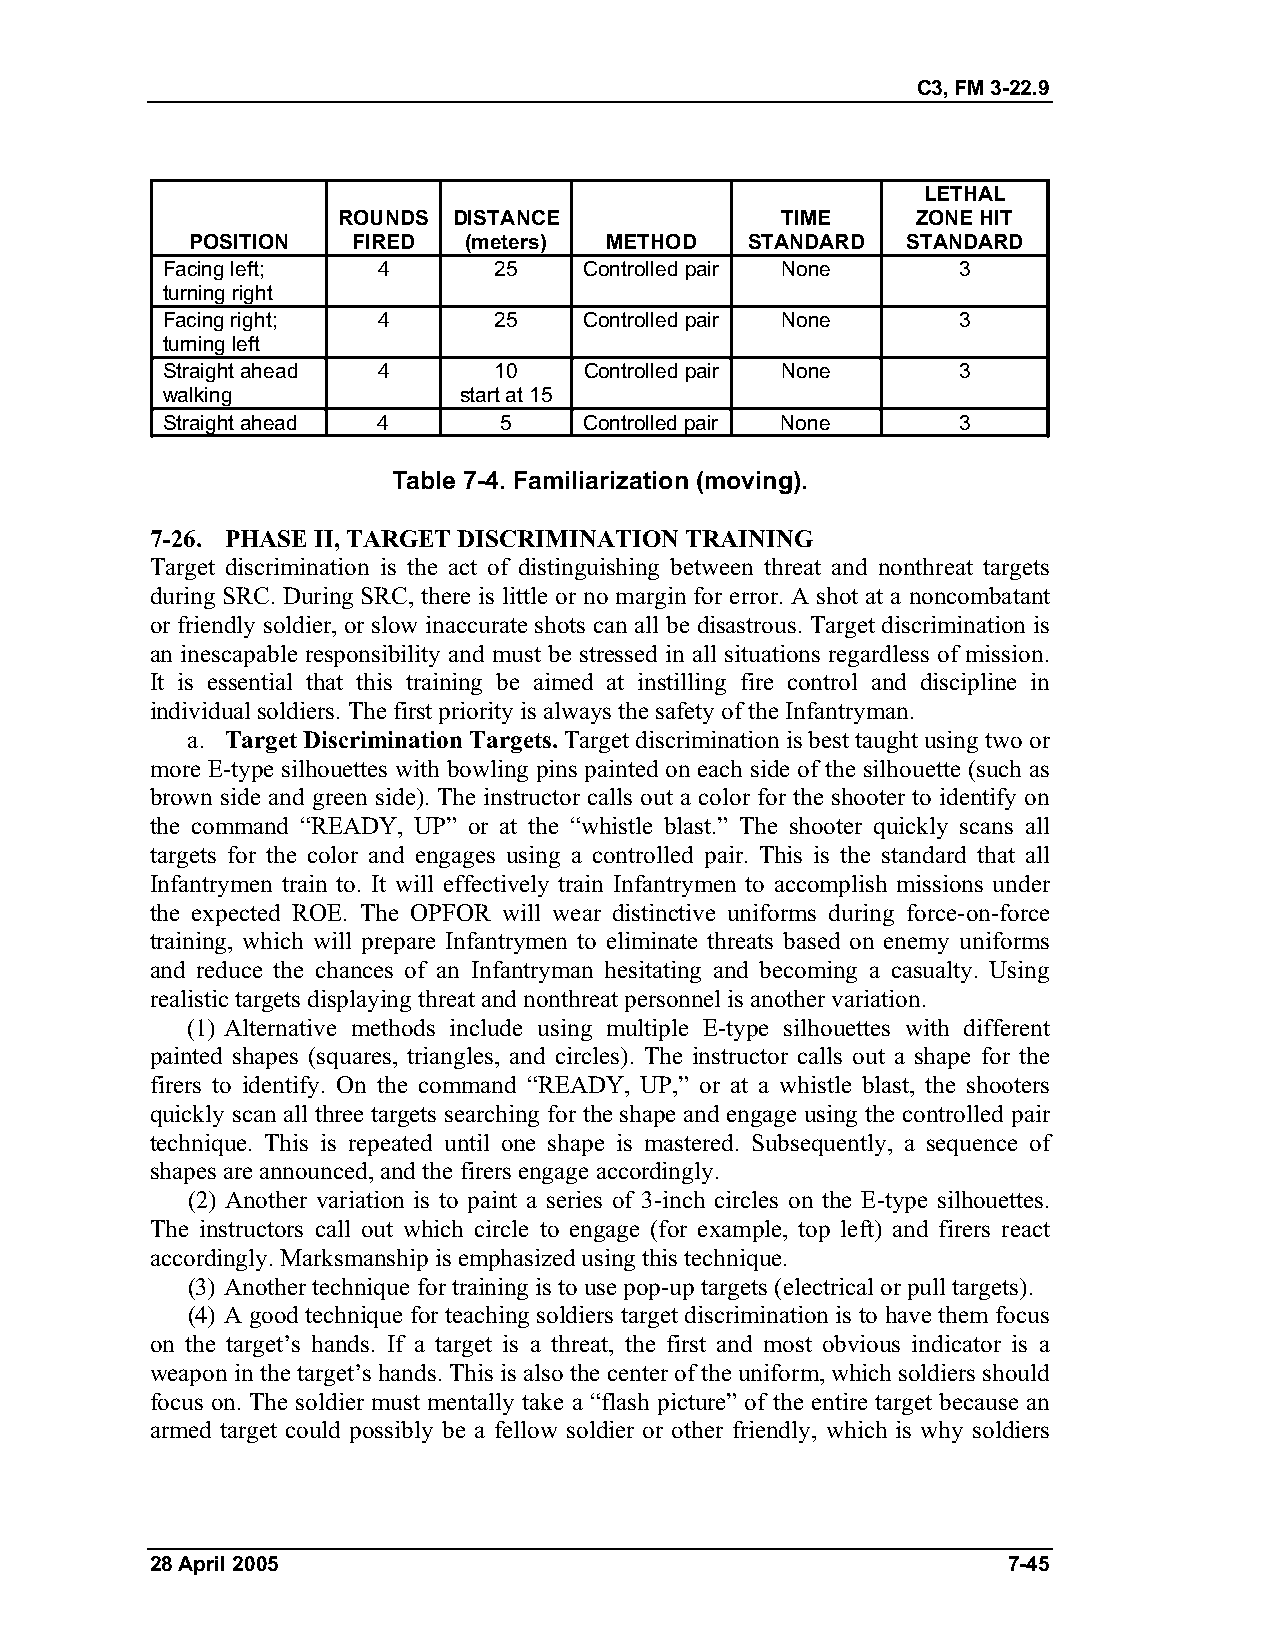
C3, FM 3-22.9
 LETHAL
 ROUNDS  DISTANCE              TIME     ZONE HIT
 POSITION  FIRED   (meters) METHOD    STANDARD  STANDARD
 Facing left;  4       25    Controlled pair None    3
 turning right
 Facing right; 4       25    Controlled pair None    3
 turning left
 Straight ahead 4      10    Controlled pair None    3
 walking            start at 15
 Straight ahead 4      5     Controlled pair None    3
 Table 7-4. Familiarization (moving).
 7-26. PHASE II, TARGET DISCRIMINATION TRAINING
 Target discrimination is the act of distinguishing between threat and nonthreat targets
 during SRC. During SRC, there is little or no margin for error. A shot at a noncombatant
 or friendly soldier, or slow inaccurate shots can all be disastrous. Target discrimination is
 an inescapable responsibility and must be stressed in all situations regardless of mission.
 It is essential that this training be aimed at instilling fire control and discipline in
 individual soldiers. The first priority is always the safety of the Infantryman.
 a. Target Discrimination Targets. Target discrimination is best taught using two or
 more E-type silhouettes with bowling pins painted on each side of the silhouette (such as
 brown side and green side). The instructor calls out a color for the shooter to identify on
 the command “READY, UP” or at the “whistle blast.” The shooter quickly scans all
 targets for the color and engages using a controlled pair. This is the standard that all
 Infantrymen train to. It will effectively train Infantrymen to accomplish missions under
 the expected ROE. The OPFOR will wear distinctive uniforms during force-on-force
 training, which will prepare Infantrymen to eliminate threats based on enemy uniforms
 and reduce the chances of an Infantryman hesitating and becoming a casualty. Using
 realistic targets displaying threat and nonthreat personnel is another variation.
 (1) Alternative methods include using multiple E-type silhouettes with different
 painted shapes (squares, triangles, and circles). The instructor calls out a shape for the
 firers to identify. On the command “READY, UP,” or at a whistle blast, the shooters
 quickly scan all three targets searching for the shape and engage using the controlled pair
 technique. This is repeated until one shape is mastered. Subsequently, a sequence of
 shapes are announced, and the firers engage accordingly.
 (2) Another variation is to paint a series of 3-inch circles on the E-type silhouettes.
 The instructors call out which circle to engage (for example, top left) and firers react
 accordingly. Marksmanship is emphasized using this technique.
 (3) Another technique for training is to use pop-up targets (electrical or pull targets).
 (4) A good technique for teaching soldiers target discrimination is to have them focus
 on the target’s hands. If a target is a threat, the first and most obvious indicator is a
 weapon in the target’s hands. This is also the center of the uniform, which soldiers should
 focus on. The soldier must mentally take a “flash picture” of the entire target because an
 armed target could possibly be a fellow soldier or other friendly, which is why soldiers
 28 April 2005                                            7-45